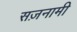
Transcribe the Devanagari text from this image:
सज़नामी